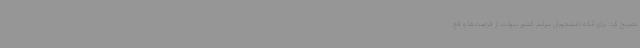
تصریح کرد: برای آنکه دانشجویان سراسر کشور بتوانند از فرصت‌ها و فع